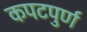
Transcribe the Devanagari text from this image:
कपटपुर्ण